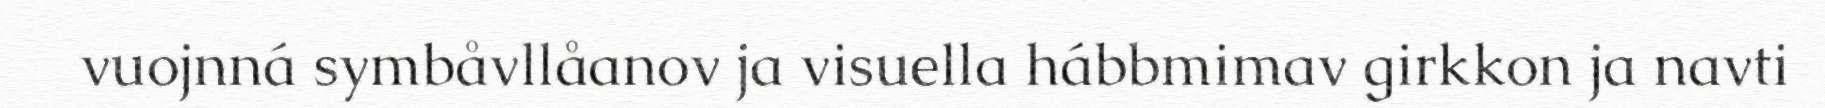
vuojnná symbåvllåanov ja visuella hábbmimav girkkon ja navti